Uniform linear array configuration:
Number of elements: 12
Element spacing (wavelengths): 0.25
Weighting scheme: blackman
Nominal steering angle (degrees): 0
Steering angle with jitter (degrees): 1.366
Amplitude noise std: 0.05
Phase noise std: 0.05

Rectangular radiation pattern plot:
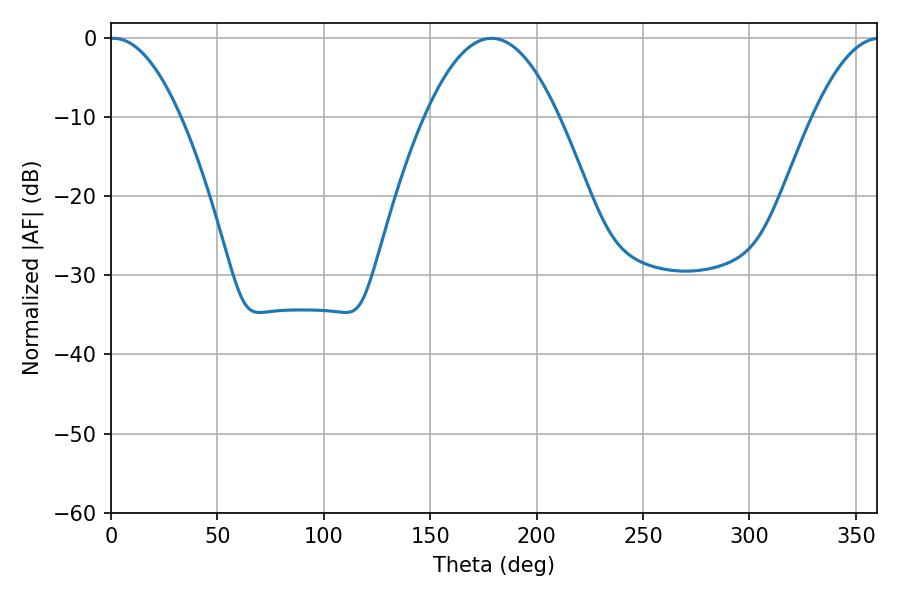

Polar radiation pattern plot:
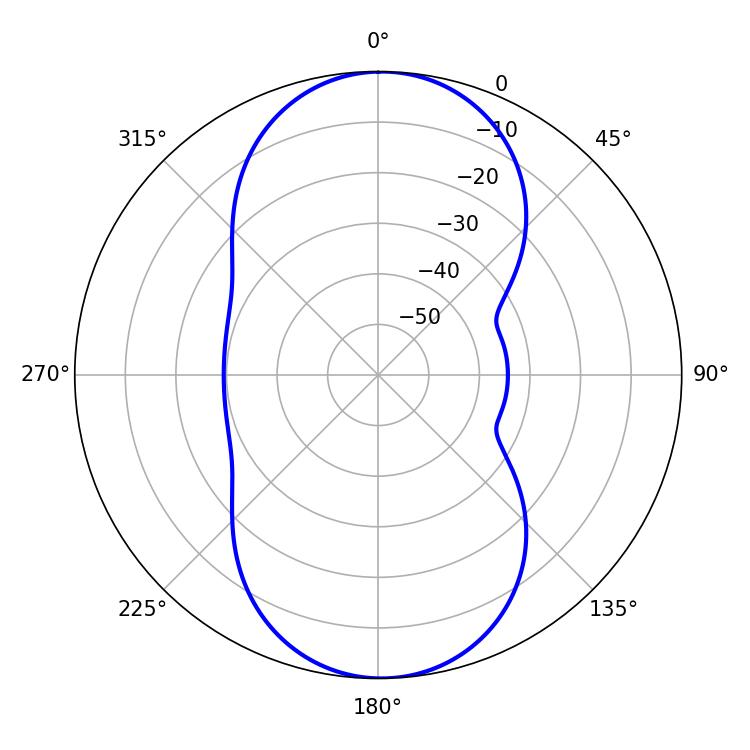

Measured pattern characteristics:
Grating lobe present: FALSE
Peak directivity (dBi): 19.598
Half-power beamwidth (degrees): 18.36
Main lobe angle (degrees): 1.26